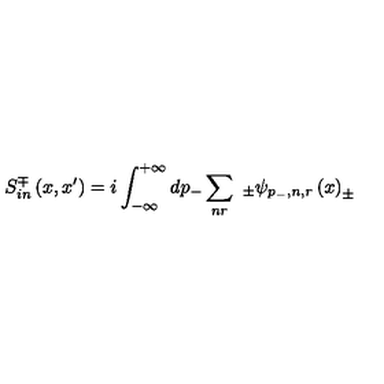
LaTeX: S _ { i n } ^ { \mp } \left( x , x ^ { \prime } \right) = i \int _ { - \infty } ^ { + \infty } d p _ { - } \sum _ { n r } \smallskip \ _ { \pm } \psi _ { p _ { - } , n , r } \left( x \right) _ { \pm }